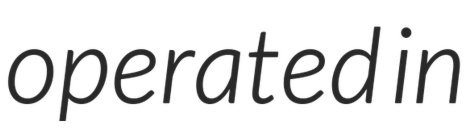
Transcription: operated in